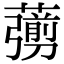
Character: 𦿶